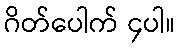
ဂိတ်ပေါက် ၄ပါ။